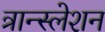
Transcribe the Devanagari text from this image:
त्रान्स्लेशन